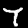
Digit: 7